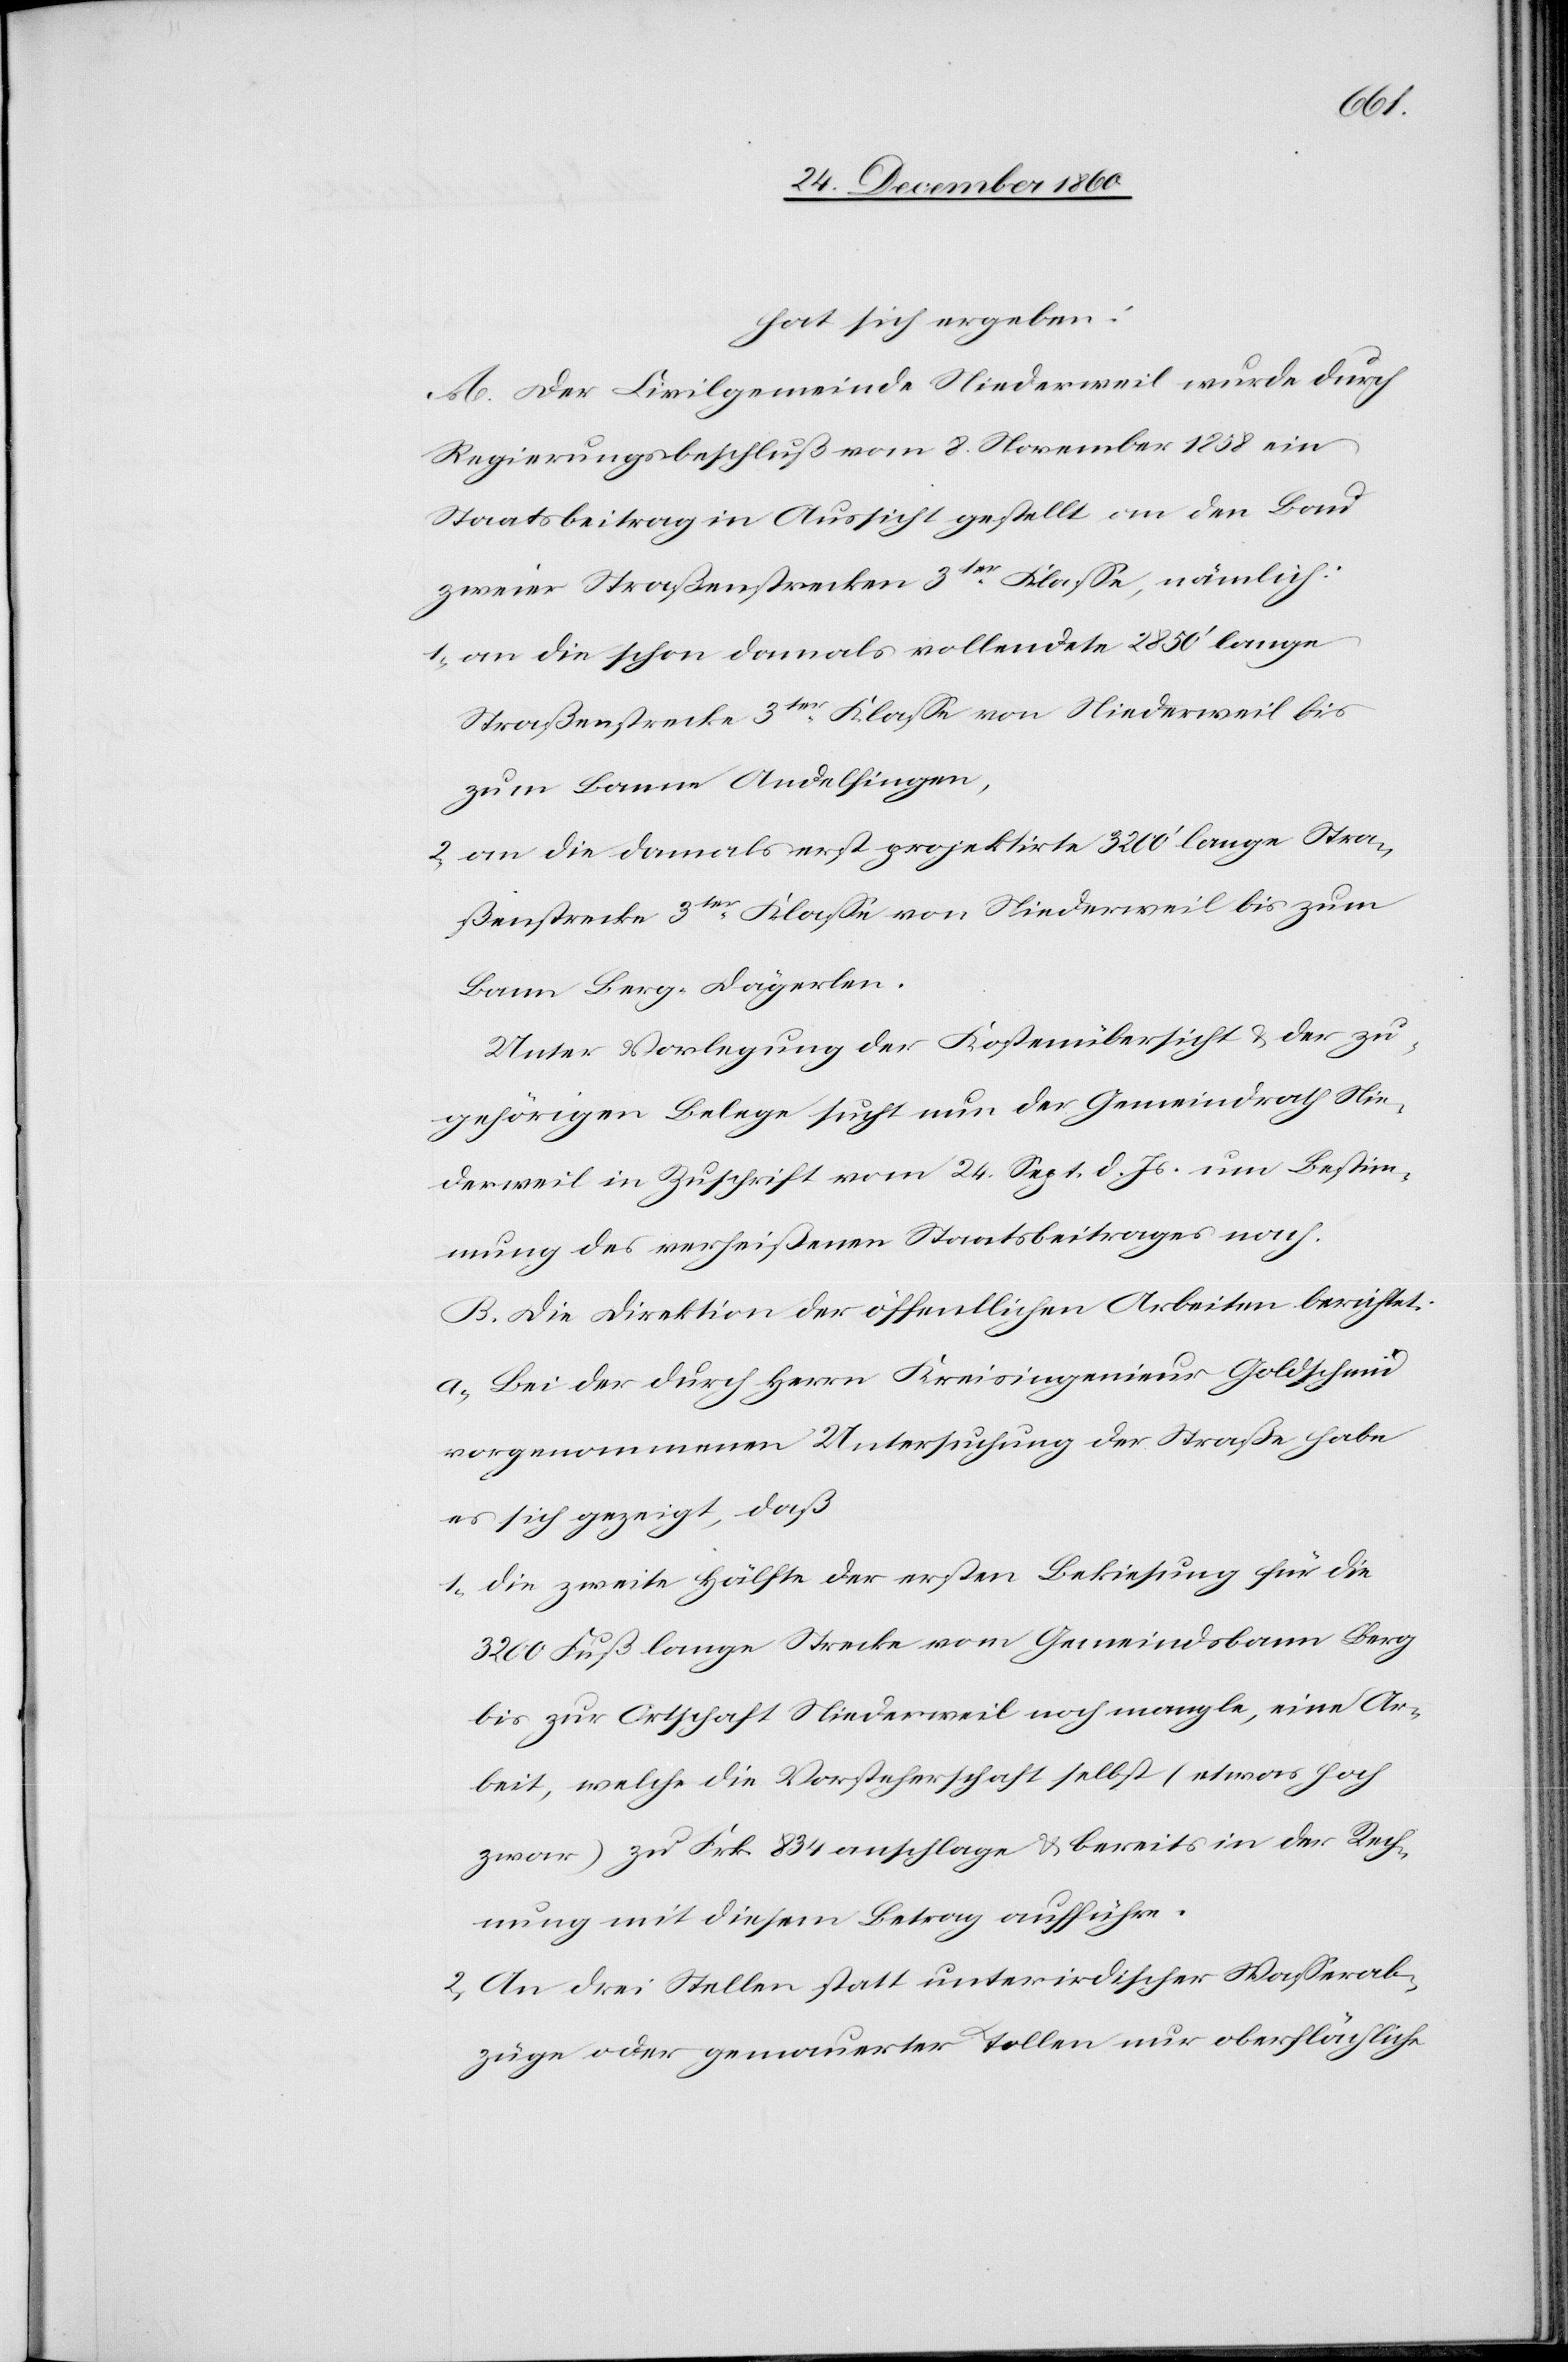
hat sich ergeben:
A. Der Civilgemeinde Niederweil wurde durch
Regierungsbeschluß vom 8. November 1858 ein
Staatsbeitrag in Aussicht gestellt an den Bau
zweier Straßenstrecken 3ter Klasse, nämlich:
1) an die schon damals vollendete 2850’ lange
Straßenstrecke 3ter Klasse von Niederweil bis
zum Banne Andelfingen,
2) an die damals erst projektirte 3200’ lange Stra¬
ßenstrecke 3ter Klasse von Niederweil bis zum
Bann Berg-Dägerlen.
Unter Vorlegung der Kostenübersicht u. der zu¬
gehörigen Belege sucht nun der Gemeindrath Nie¬
derweil in Zuschrift vom 24. Sept. d. Js. um Bestim¬
mung des verheißenen Staatsbeitrages nach.
B. Die Direktion der öffentlichen Arbeiten berichtet:
a. Bei der durch Herrn Kreisingenieur Goldschmid
vorgenommenen Untersuchung der Straße habe
es sich gezeigt, daß
1) die zweite Hälfte der ersten Bekiesung für die
3200 Fuß lange Strecke vom Gemeindsbann Berg
bis zur Ortschaft Niederweil noch mangle, eine Ar¬
beit, welche die Vorsteherschaft selbst (etwas hoch
zwar) zu Frk. 834 anschlage u. bereits in der Rech¬
nung mit diesem Betrag aufführe.
2) an drei Stellen statt unterirdischer Wasserab¬
züge oder gemauerter Tollen nur oberflächliche